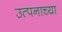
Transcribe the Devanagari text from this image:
उत्पनाच्या